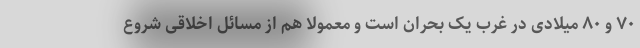
۷۰ و ۸۰ میلادی در غرب یک بحران است و معمولا هم از مسائل اخلاقی شروع